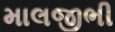
માલજીભી